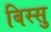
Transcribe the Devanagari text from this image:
बिस्सु